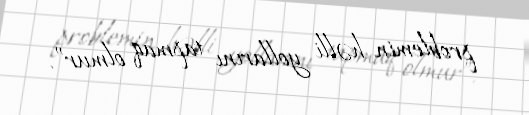
problemin həlli yollarını tapmaq olmur”.